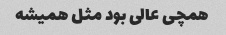
همچی عالی بود مثل همیشه